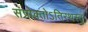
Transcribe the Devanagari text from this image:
संप्रोक्तोऽतिरथस्तु